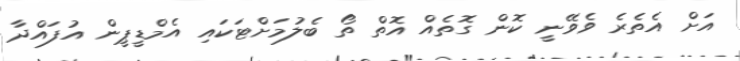
އަށް އެތެރެ ވެވޭނީ ކޮން ގޮތެއް އޮތް ތޯ ބެލުމަށްޓަކައި އެމްޑީޕީން އުފައްދާ